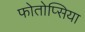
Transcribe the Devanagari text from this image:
फोतोप्सिया